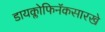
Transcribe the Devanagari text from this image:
डायक्लोफिनॅकसारखे